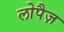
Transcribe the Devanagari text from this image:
लोपैज़